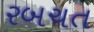
રબચત